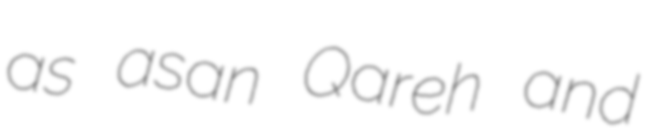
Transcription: as Ḩasan Qareh and